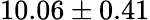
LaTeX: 10.06\pm 0.41